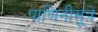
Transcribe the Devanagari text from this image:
पाणिनीसूत्रे